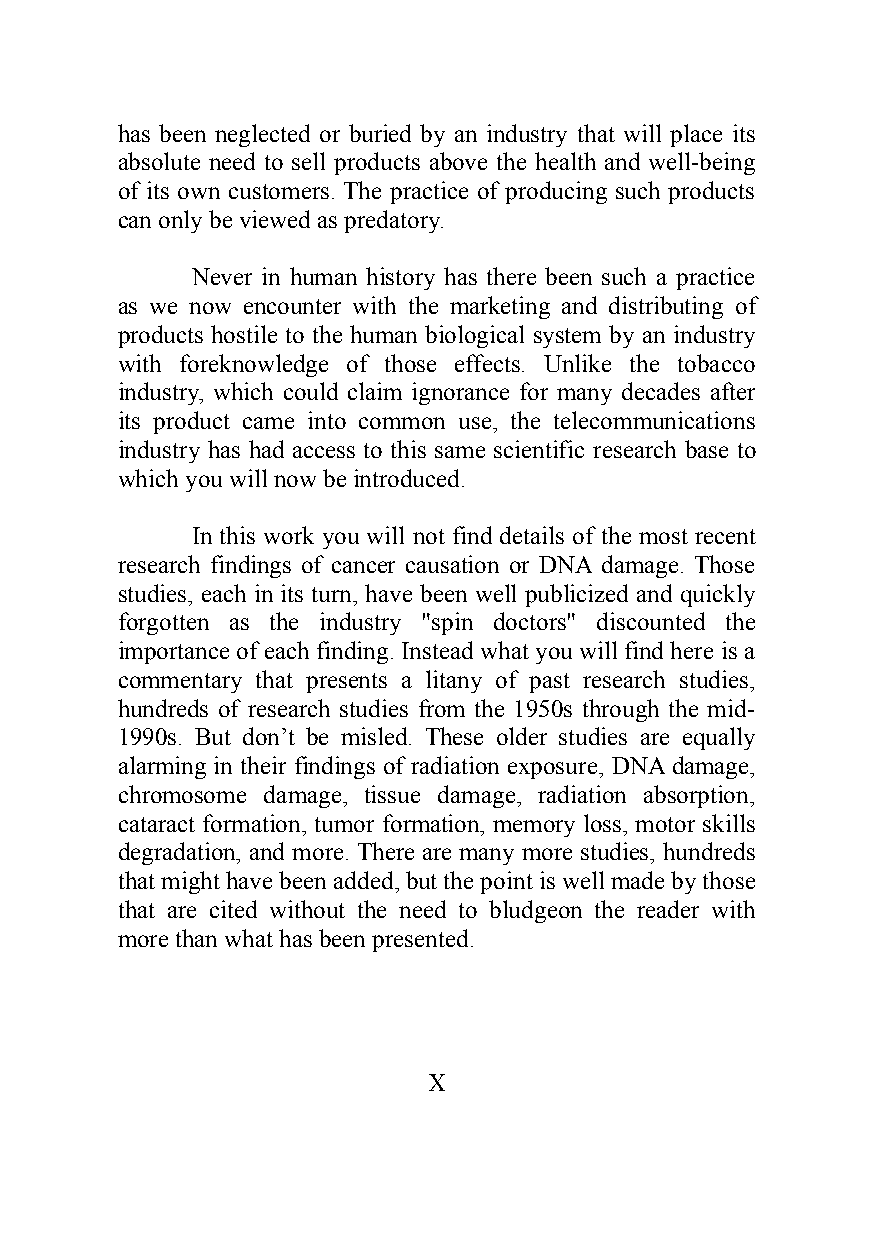
has been neglected or buried by an industry that will place its
 absolute need to sell products above the health and well-being
 of its own customers. The practice of producing such products
 can only be viewed as predatory.
 Never in human history has there been such a practice
 as we now encounter with the marketing and distributing of
 products hostile to the human biological system by an industry
 with foreknowledge of those effects. Unlike the tobacco
 industry, which could claim ignorance for many decades after
 its product came into common use, the telecommunications
 industry has had access to this same scientific research base to
 which you will now be introduced.
 In this work you will not find details of the most recent
 research findings of cancer causation or DNA damage. Those
 studies, each in its turn, have been well publicized and quickly
 forgotten as the industry "spin doctors" discounted the
 importance of each finding. Instead what you will find here is a
 commentary that presents a litany of past research studies,
 hundreds of research studies from the 1950s through the mid-
 1990s. But don’t be misled. These older studies are equally
 alarming in their findings of radiation exposure, DNA damage,
 chromosome damage, tissue damage, radiation absorption,
 cataract formation, tumor formation, memory loss, motor skills
 degradation, and more. There are many more studies, hundreds
 that might have been added, but the point is well made by those
 that are cited without the need to bludgeon the reader with
 more than what has been presented.
 X